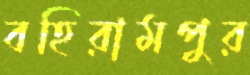
বহিরামপুর